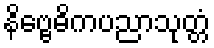
နိဗ္ဗေဓိကပညာသုတ္တံ